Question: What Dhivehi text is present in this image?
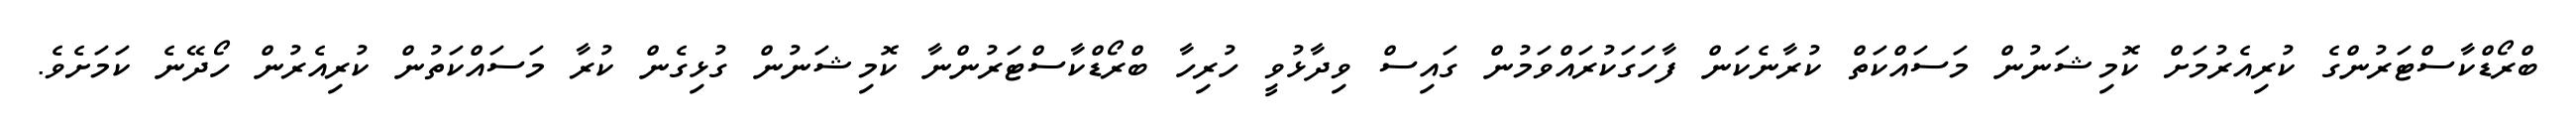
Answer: ބްރޯޑްކާސްޓަރުންގެ ކުރިއެރުމަށް ކޮމިޝަނުން މަސައްކަތް ކުރާނެކަން ފާހަގަކުރައްވަމުން ގައިސް ވިދާޅުވީ ހުރިހާ ބްރޯޑްކާސްޓަރުންނާ ކޮމިޝަނުން ގުޅިގެން ކުރާ މަސައްކަތުން ކުރިއެރުން ހޯދޭނެ ކަމަށެވެ.